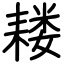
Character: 耧